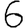
Digit: 6